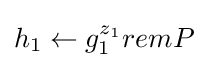
h_{1}\leftarrow g_{1}^{z_{1}}remP